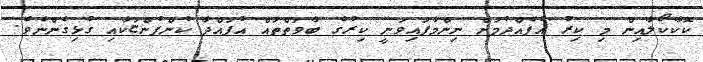
ކޮކާކޯލާއިން މި ކިރު އުފެއްދުމަށް ނިންމާފައިވަނީ ކިރުގެ ބާވަތްތައް އުފައްދާ ކުންފުންޏަކާއި ގުޅިގެންނެވެ.